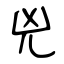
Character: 兇